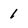
Character: 1